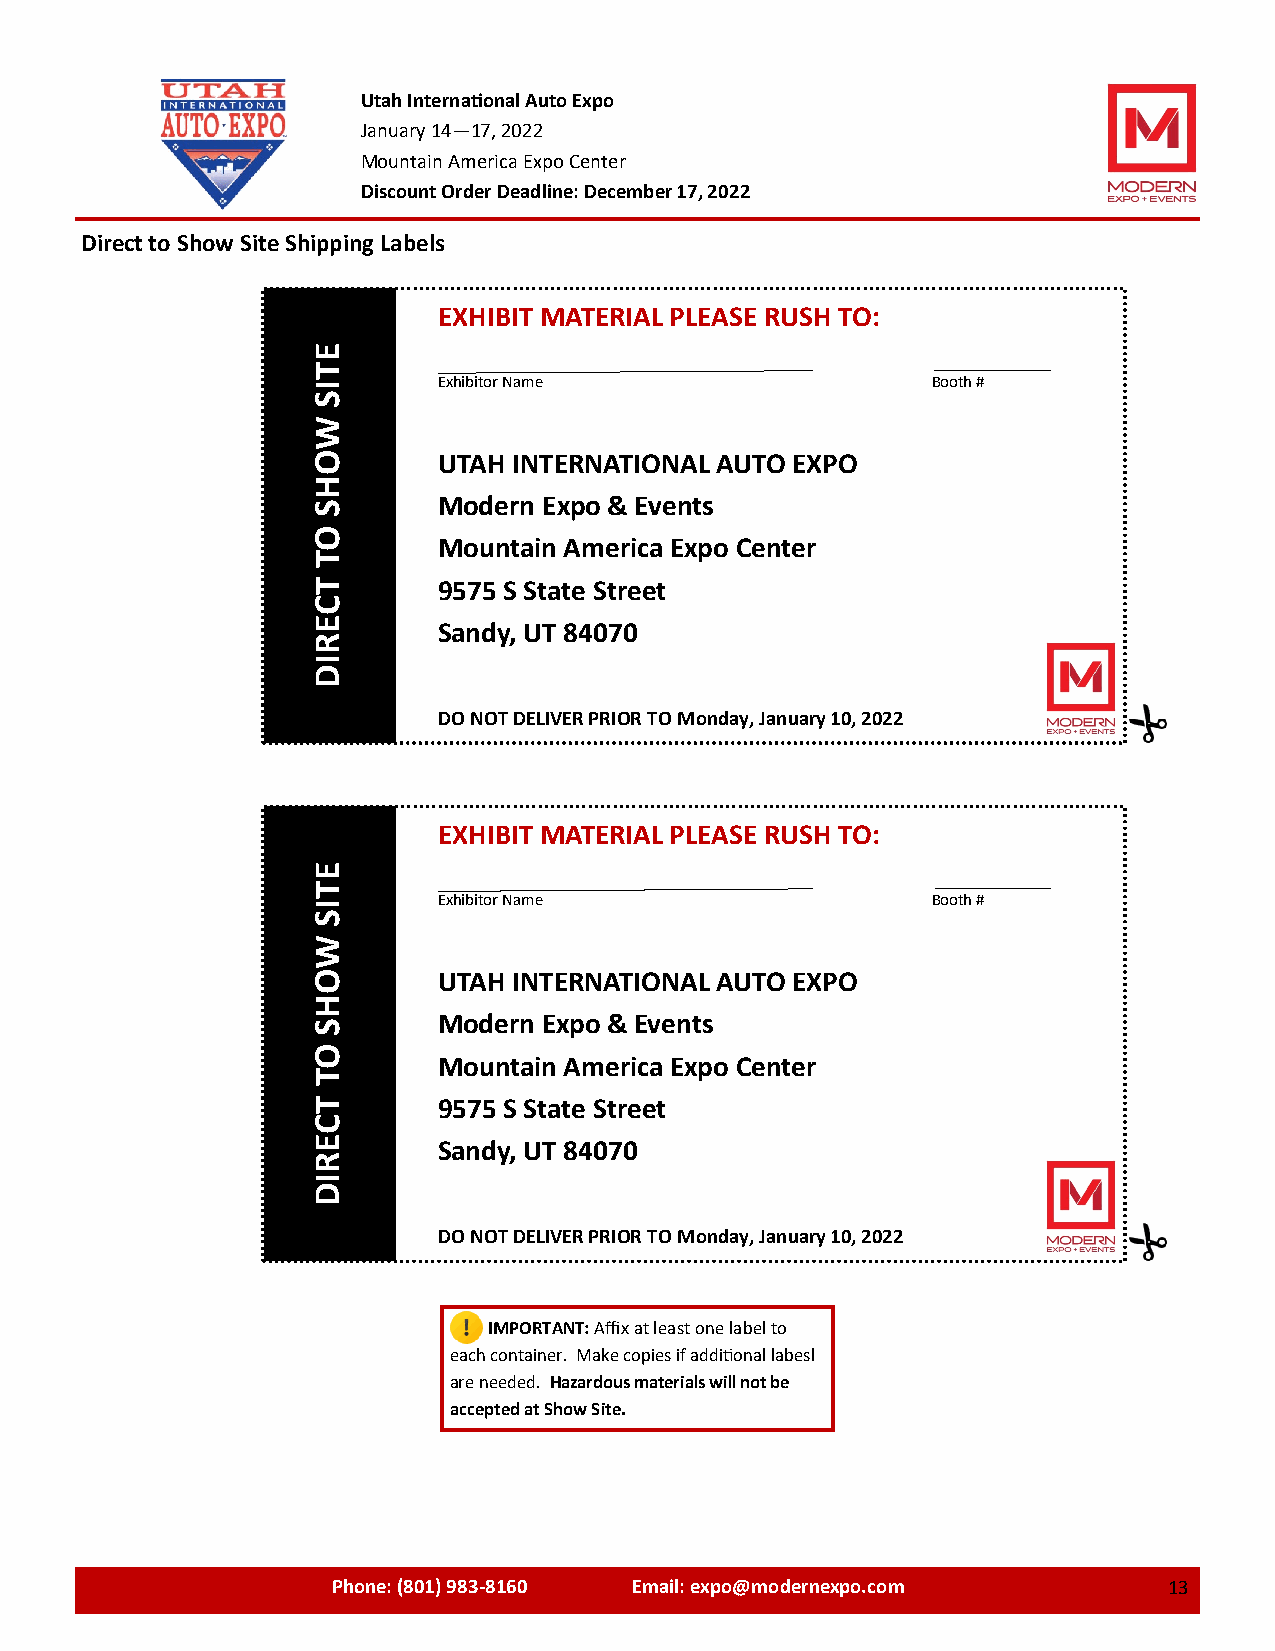
Utah International Auto Expo
 January 14—17, 2022
 Mountain America Expo Center
 Discount Order Deadline: December 17, 2022
 Direct to Show Site Shipping Labels
 EXHIBIT MATERIAL PLEASE RUSH TO:
 E
 T
 I       Exhibitor Name                   Booth #
 S
 W
 O       UTAH INTERNATIONAL AUTO EXPO
 H
 S       Modern Expo & Events
 O
 Mountain America Expo Center
 T
 T       9575 S State Street
 C
 E       Sandy, UT 84070
 R
 I
 D
 DO NOT DELIVER PRIOR TO Monday, January 10, 2022
 EXHIBIT MATERIAL PLEASE RUSH TO:
 E
 T
 I       Exhibitor Name                   Booth #
 S
 W
 O       UTAH INTERNATIONAL AUTO EXPO
 H
 S       Modern Expo & Events
 O
 Mountain America Expo Center
 T
 T       9575 S State Street
 C
 E       Sandy, UT 84070
 R
 I
 D
 DO NOT DELIVER PRIOR TO Monday, January 10, 2022
 IMPORTANT: Affix at least one label to
 each container. Make copies if additional labesl
 are needed. Hazardous materials will not be
 accepted at Show Site.
 Phone: (801) 983-8160 Email: expo@modernexpo.com 1313131313X2131133